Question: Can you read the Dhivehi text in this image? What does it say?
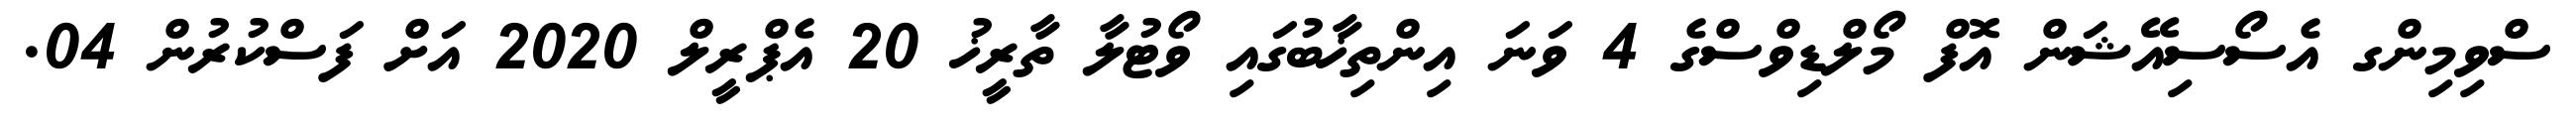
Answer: ސްވިމިންގ އެސޯސިއޭޝަން އޮފް މޯލްޑިވްސްގެ 4 ވަނަ އިންތިޚާބުގައި ވޯޓުލާ ތާރީޚު 20 އެޕްރީލް 2020 އަށް ފަސްކުރުން 04.